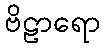
ဗိဠာရော